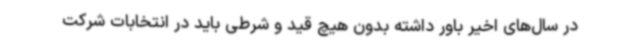
در سال‌های اخیر باور داشته بدون هیچ قید و شرطی باید در انتخابات شرکت